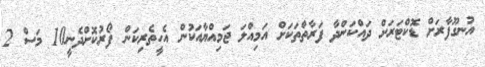
އުނގޫފާރަށް ޑޮކްޓަރަށް ދައްކަންދާ ފަރާތްތަކަށް އަމިއްލަ ޖަމިއްޔާއަކުން އެހީތެރިކަން ފޯރުކޮށްދެނީ10 މަސް 2